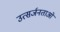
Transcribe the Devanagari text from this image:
उत्सर्जनताओं